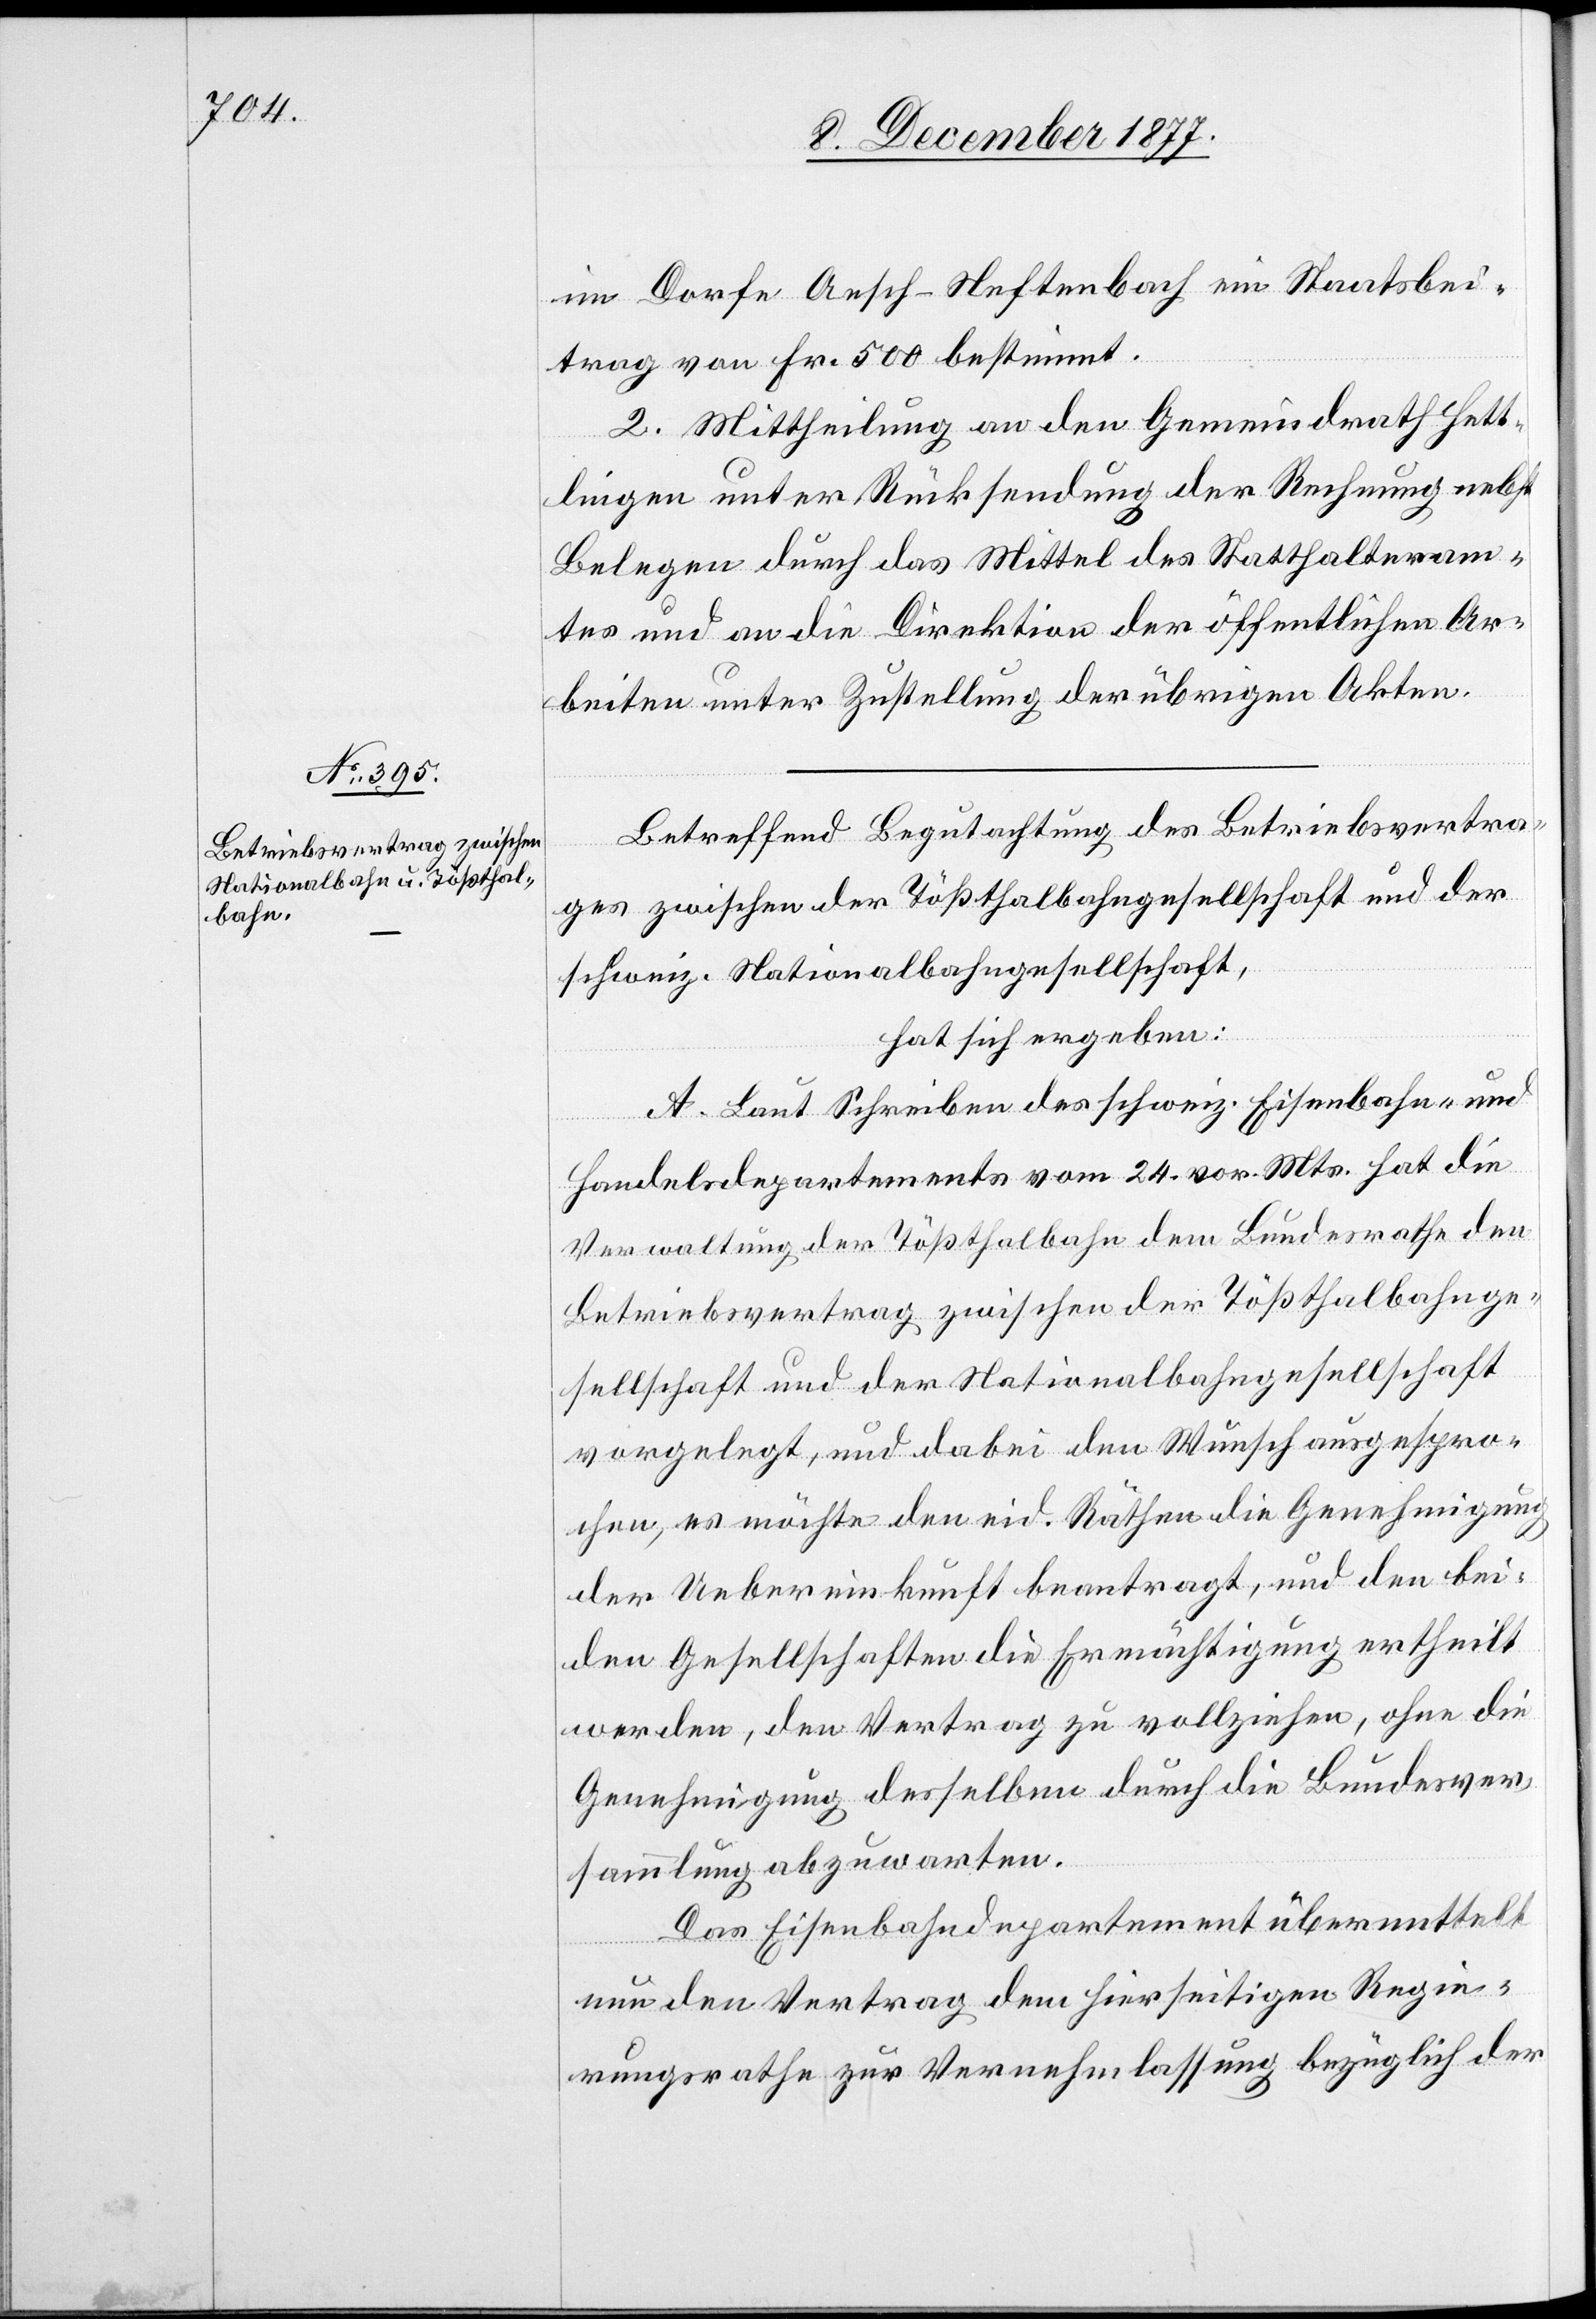
im Dorfe Aesch - Neftenbach ein Staatsbei¬
trag von Fr. 500 bestimmt.
2. Mittheilung an den Gemeindrath Hett¬
lingen unter Rücksendung der Rechnung nebst
Belegen durch das Mittel des Statthalteram¬
tes und an die Direktion der öffentlichen Ar¬
beiten unter Zustellung der übrigen Akten.
Betreffend Begutachtung des Betriebsvertra¬
ges zwischen der Tößthalbahngesellschaft und der
schweiz. Nationalbahngesellschaft,
hat sich ergeben:
A. Laut Schreiben des schweiz. Eisenbahn- und
Handelsdepartements vom 24. vor. Mts. hat die
Verwaltung der Tößthalbahn dem Bundesrathe den
Betriebsvertrag zwischen der Tößthalbahnge¬
sellschaft und der Nationalbahngesellschaft
vorgelegt, und dabei den Wunsch ausgespro¬
chen, es möchte den eid. Räthen die Genehmigung
der Uebereinkunft beantragt, und den bei¬
den Gesellschaften die Ermächtigung ertheilt
werden, den Vertrag zu vollziehen, ohne die
Genehmigung desselben durch die Bundesver¬
sammlung abzuwarten.
Das Eisenbahndepartement übermittelt
nun den Vertrag dem hierseitigen Regie¬
rungsrathe zur Vernehmlassung bezüglich der